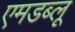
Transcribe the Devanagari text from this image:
एमडब्लू